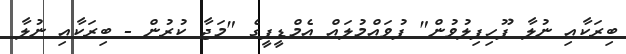
ބިރަކާއި ނުލާ ފޫހިފިލުވުން" ފުވައްމުލައް އެމްޑީޕީގެ "މަޖާ ކުރުން - ބިރަކާއި ނުލާ